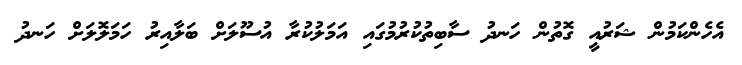
އެހެންކަމުން ޝަރުއީ ގޮތުން ހަނދު ސާބިތުކުރުމުގައި އަމަލުކުރާ އުސޫލަށް ބަލާއިރު ހަމަލޮލަށް ހަނދު